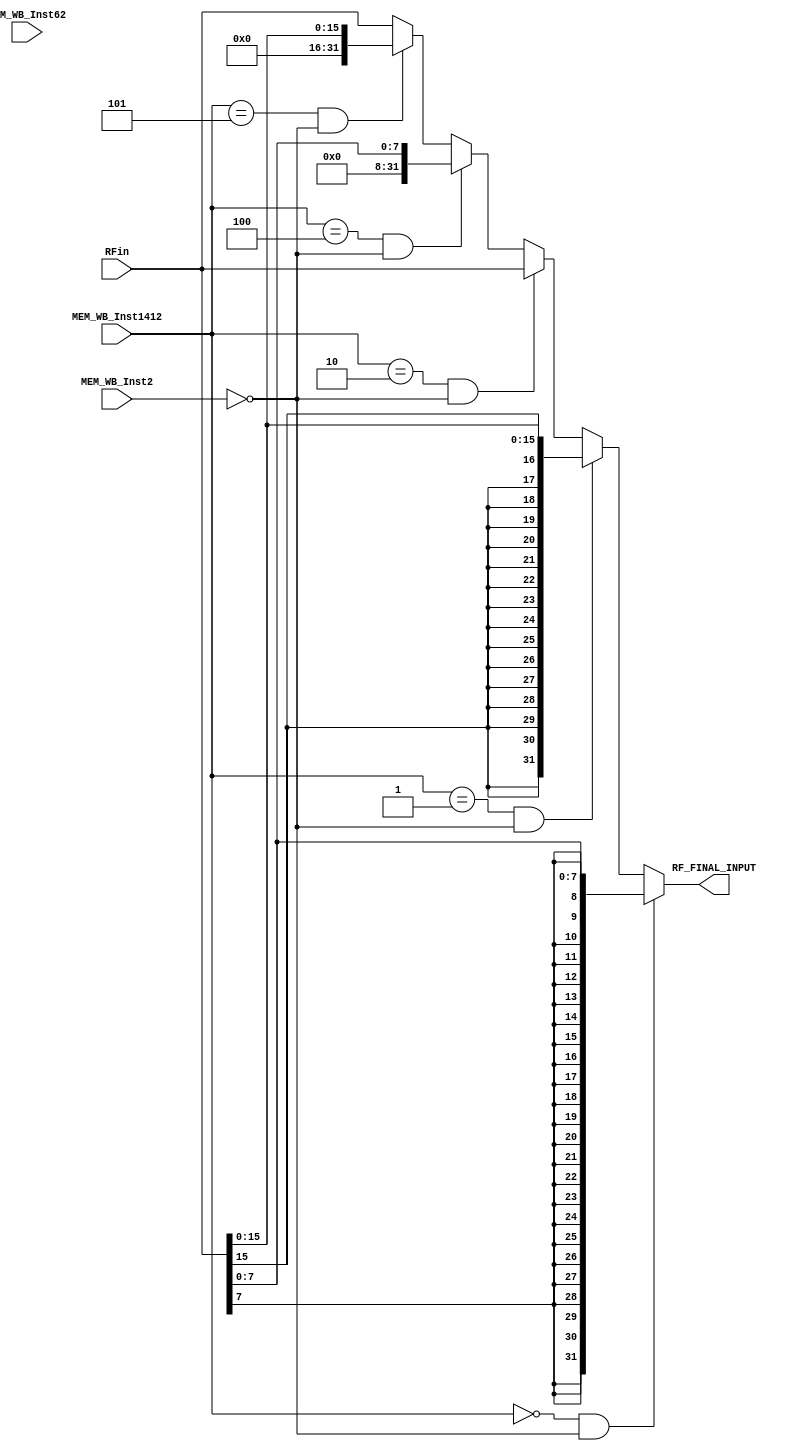
module RF_Input_MUX(
output [31:0] RF_FINAL_INPUT,
input [2:0] MEM_WB_Inst1412,
input MEM_WB_Inst2,
input MEM_WB_Inst62,
input [31:0] RFin
    );
    
 assign RF_FINAL_INPUT = (MEM_WB_Inst1412==0 && MEM_WB_Inst2==0)?{{24{RFin[7]}},RFin[7:0]}:
(MEM_WB_Inst1412==1 && MEM_WB_Inst2==0)?{{16{RFin[15]}},RFin[15:0]}:(MEM_WB_Inst1412==2 && MEM_WB_Inst2==0)?RFin:
(MEM_WB_Inst1412==4 && MEM_WB_Inst2==0)?{{24{1'b0}},RFin[7:0]}:(MEM_WB_Inst1412==5 && MEM_WB_Inst2==0)?{{16{1'b0}},RFin[15:0]}:
(( MEM_WB_Inst2 == 1) || MEM_WB_Inst62 == 12)?RFin:RFin;
endmodule